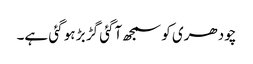
چودھری کو سمجھ آگئی گڑ بڑ ہو گئی ہے۔